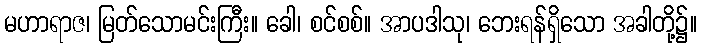
မဟာရာဇ၊ မြတ်သောမင်းကြီး။ ခေါ၊ စင်စစ်။ အာပဒါသု၊ ဘေးရန်ရှိသော အခါတို့၌။